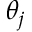
\theta _ { j }